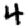
Digit: 4